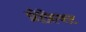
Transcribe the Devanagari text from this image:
प्रीफ़ेक्ट